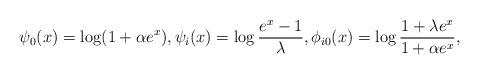
LaTeX: \begin{align*}\psi_0(x)=\log(1+\alpha e^x),\psi_i(x)=\log\frac{e^{x}-1}{\lambda},\phi_{i0}(x)=\log\frac{1+\lambda e^x}{1+\alpha e^x},\end{align*}